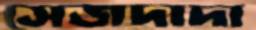
সেজদাদা